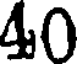
40